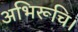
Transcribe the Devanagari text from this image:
अभिरूचि।